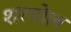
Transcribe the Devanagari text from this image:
शरगोल